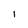
Character: 1